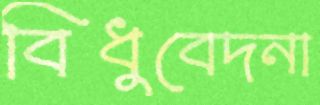
বিধুবেদনা